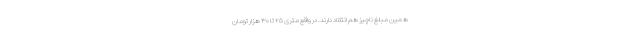
همین مبلغ ناچیز هم انتقاد دارند. در واقع متری ۲۵ تا ۳۰ هزار تومان